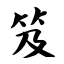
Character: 笈